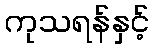
ကုသရန်နှင့်